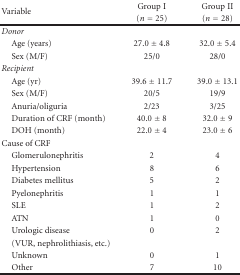
| <ROWSPAN=2> Variable | Group I | Group II |
 | (n = 25) | (n = 28) |
 | --- | --- | --- |
 | Donor |  |  |
 | Age (years) | 27.0 ± 4.8 | 32.0 ± 5.4 |
 | Sex (M/F) | 25/0 | 28/0 |
 | Recipient |  |  |
 | Age (yr) | 39.6 ± 11.7 | 39.0 ± 13.1 |
 | Sex (M/F) | 20/5 | 19/9 |
 | Anuria/oliguria | 2/23 | 3/25 |
 | Duration of CRF (month) | 40.0 ± 8 | 32.0 ± 9 |
 | DOH (month) | 22.0 ± 4 | 23.0 ± 6 |
 | Cause of CRF |  |  |
 | Glomerulonephritis | 2 | 4 |
 | Hypertension | 8 | 6 |
 | Diabetes mellitus | 5 | 2 |
 | Pyelonephritis | 1 | 1 |
 | SLE | 1 | 2 |
 | ATN | 1 | 0 |
 | Urologic disease | 0 | 2 |
 | (VUR, nephrolithiasis, etc.) |  |  |
 | Unknown | 0 | 1 |
 | Other | 7 | 10 |